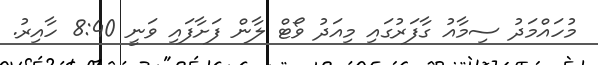
މުހައްމަދު ސިމާއު ގާފަރުގައި މިއަދު ވޯޓް ލާން ފަށާފައި ވަނީ 8:40 ހާއިރު.